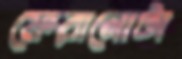
ফেরানোটা